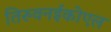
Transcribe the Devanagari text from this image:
तिरुवनईकोएल